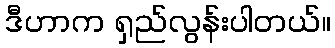
ဒီဟာက ရှည်လွန်းပါတယ်။